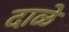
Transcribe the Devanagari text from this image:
दाळे